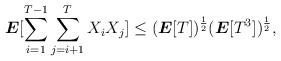
LaTeX: \begin{align*}\boldsymbol{E}[\sum_{i=1}^{T-1} \sum_{j=i+1}^T X_i X_j] \leq (\boldsymbol{E}[T])^{\frac{1}{2}} (\boldsymbol{E}[T^3])^\frac{1}{2},\end{align*}